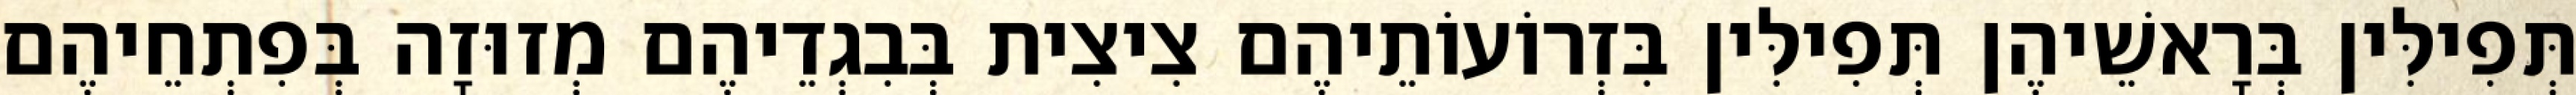
תְּפִילִּין בְּרָאשֵׁיהֶן תְּפִילִּין בִּזְרוֹעוֹתֵיהֶם צִיצִית בְּבִגְדֵיהֶם מְזוּזָה בְּפִתְחֵיהֶם